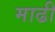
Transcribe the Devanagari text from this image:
माढी